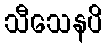
သီသေနပိ